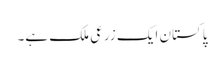
پاکستان ایک زرعی ملک ہے۔